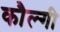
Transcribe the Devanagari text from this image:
कौल्गी